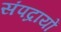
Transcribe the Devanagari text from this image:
संपद्रायों